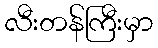
လီးတန်ကြီးမှာ